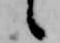
候